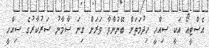
އެސްޓީއޯ އަކީ ސިއްހީ ހިދުމަތަށް ބޭނުންވާ ވަރަށް ގިނަ ސާމާނު ސަރުކާރުގެ ސިއްހީ